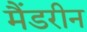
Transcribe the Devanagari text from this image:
मैंडरीन